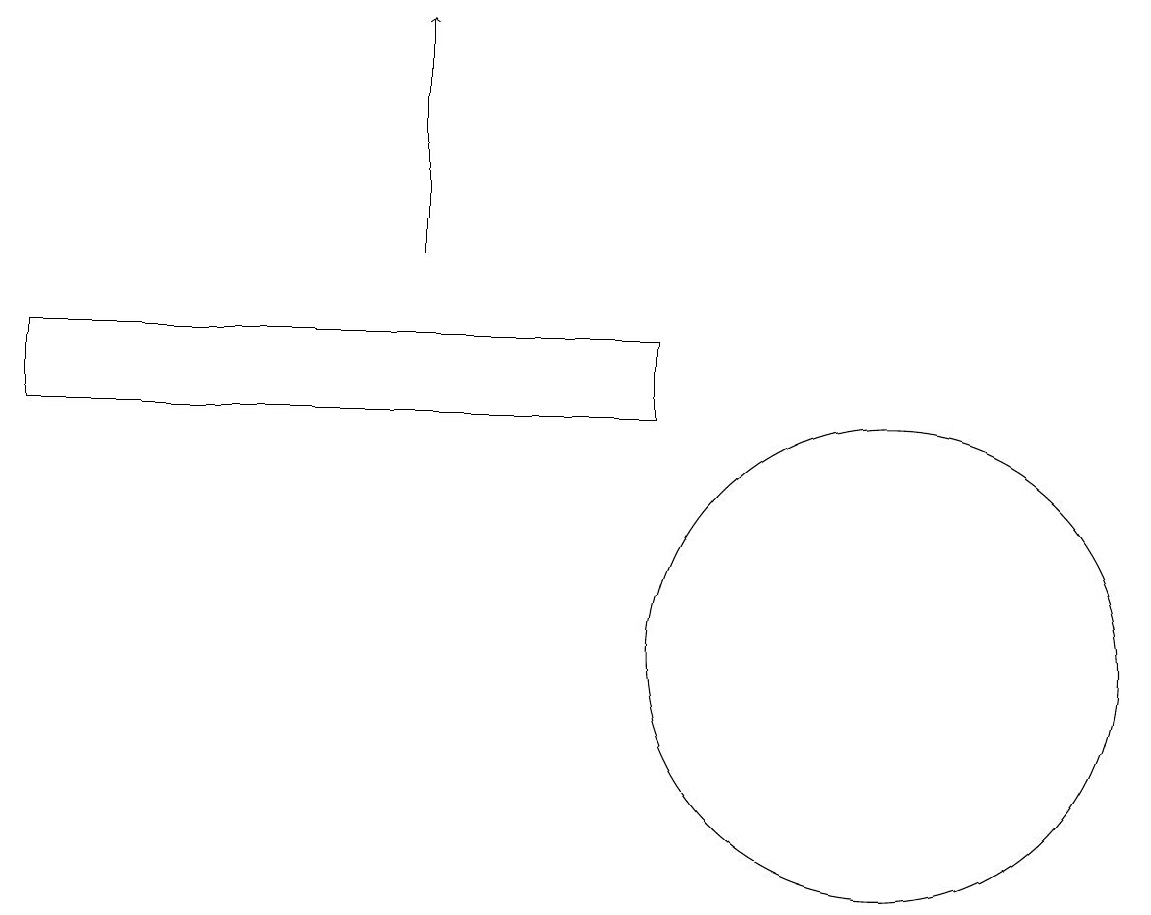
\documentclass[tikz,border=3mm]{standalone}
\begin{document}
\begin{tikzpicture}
\draw (9,14) rectangle (1,15);
\draw (12,11) circle (3);
\draw[->] (6,16) -- (6,19);
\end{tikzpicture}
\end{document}